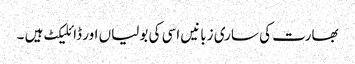
بھارت کی ساری زبانیں اسی کی بولیاں اور ڈائلیکٹ ہیں ۔